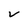
Character: v